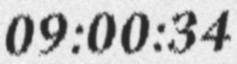
09:00:34